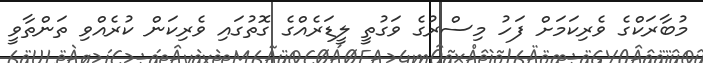
މުބާރަކްގެ ވެރިކަމަށް ފަހު މިސްރުގެ ވަގުތީ ލީޑަރެއްގެ ގޮތުގައި ވެރިކަން ކުރެއްވި ތަންތާވީ